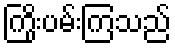
ကြိုးပမ်းကြသည်